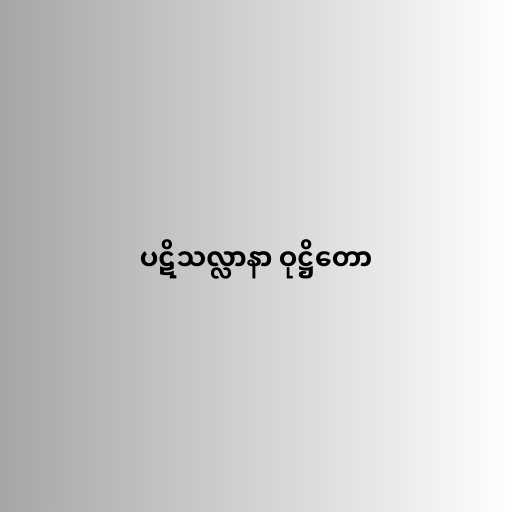
ပဋိသလ္လာနာ ဝုဋ္ဌိတော